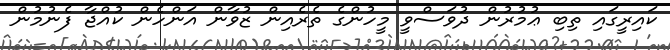
ކައިރީގައި ތިބި ޢުމުރުން ދުވަސްވީ މީހުންގެ ތެރެއިން ޒުވާން އަންހެން ކުއްޖާ ފެނުމުން